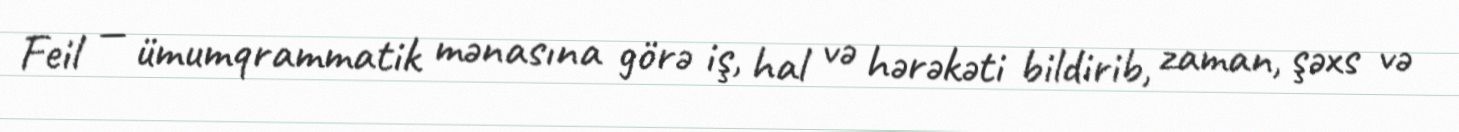
Feil — ümumqrammatik mənasına görə iş, hal və hərəkəti bildirib, zaman, şəxs və